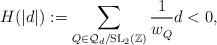
LaTeX: \begin{align*}H(|d|) := \sum_{Q \in \mathcal{Q}_d/\mathrm{SL}_2(\mathbb{Z})}\frac{1}{w_Q^{}} d<0,\end{align*}